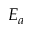
E _ { a }